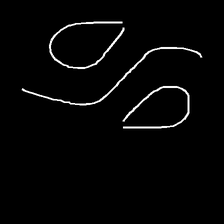
Glyph: water